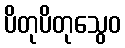
ပိတုပိတုသွေဝ